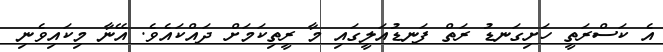
އެ ކަސްރަތީ ހަށިގަނޑު ރަތް ފަނޑުއަލީގައި މާ ރީތިކަމަށް ދައްކައެވެ. އޭނާ މިކައިވެނި